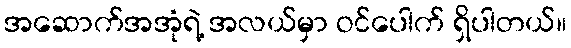
အဆောက်အအုံရဲ့ အလယ်မှာ ဝင်ပေါက် ရှိပါတယ်။